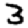
Digit: 3